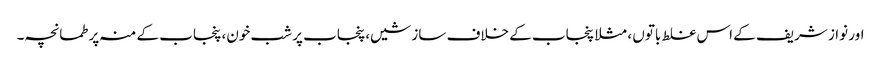
اور نواز شریف کے اس غلط باتوں ، مثلا پنجاب کے خلاف سازشیں، پنجاب پر شب خون، پنجاب کے منہ پر طمانچہ۔